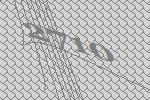
2710